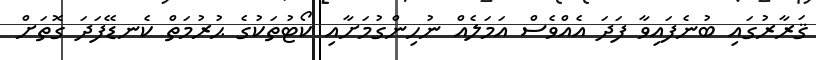
ޤަރާރުގައި ބުނެފައިވާ ފަދަ އެއްވެސް އަމަލެއް ނުހިންގުމަށާއި ކޯޓުތަކުގެ ޙުރުމަތް ކެނޑޭފަދަ ގޮތަށް